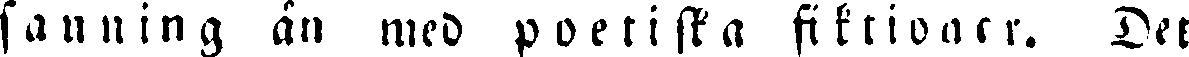
sanning an med poetiska fiktioner. Det